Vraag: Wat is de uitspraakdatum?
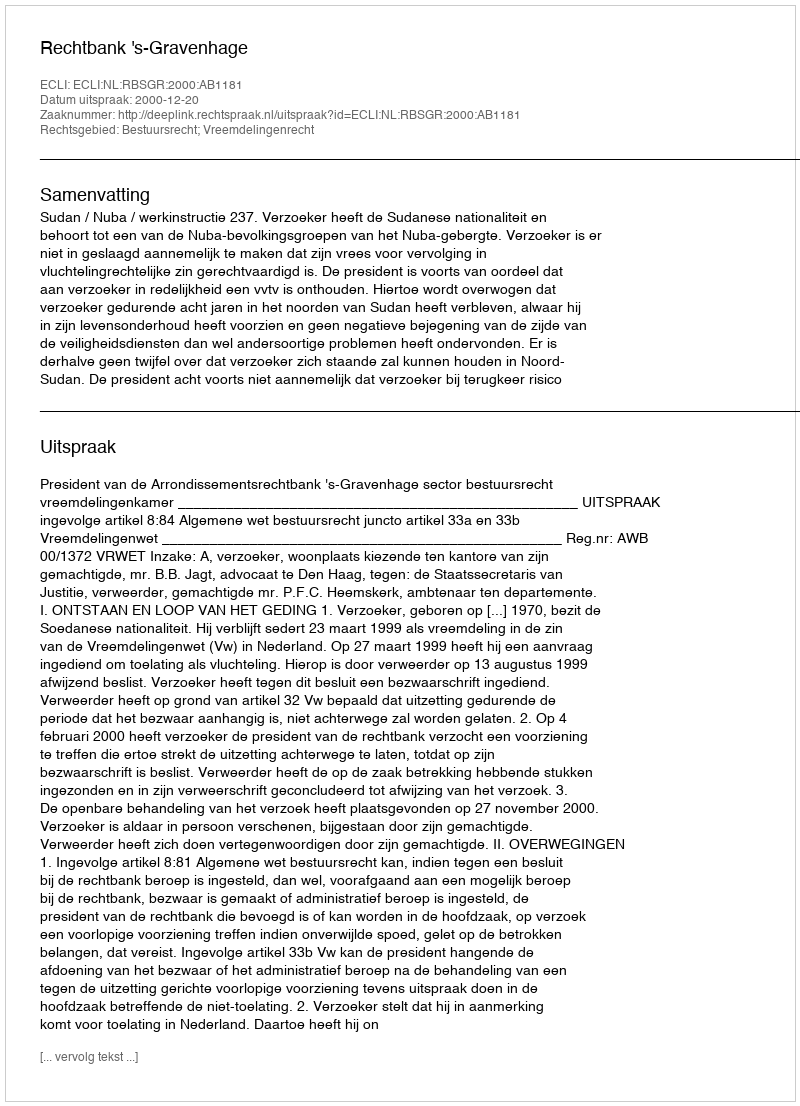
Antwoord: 2000-12-20